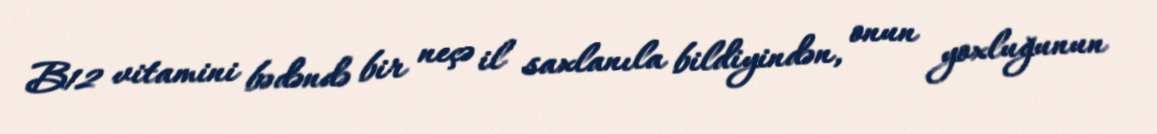
B12 vitamini bədəndə bir neçə il saxlanıla bildiyindən, onun yoxluğunun